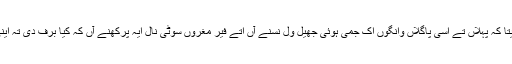
رنپوچے نے ایس گل توں خبردار کیتا کہ پہلاں تے اسی پاگلاں وانگوں اک جمی ہوئی جھیل ول نَسنے آں اتے فیر مغروں سوٹی نال ایہ پرکھنے آں کہ کیا برف دی تہ اینی موٹی ہے کہ ساڈا بھار جَر سکے۔